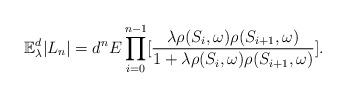
LaTeX: \begin{align*}\mathbb{E}_{\lambda}^d|L_n|=d^nE\prod_{i=0}^{n-1}[\frac{\lambda\rho(S_i,\omega)\rho(S_{i+1},\omega)}{1+\lambda\rho(S_i,\omega)\rho(S_{i+1},\omega)}].\end{align*}